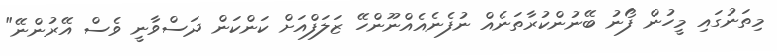
މިތަނުގައި މީހުން ފޯނު ބޭނުންކުރާތަނެއް ނުފެނެއެއްނޫންހޭ ޒަލަފްއަށް ކަންކަން ދަސްވާނީ ވެސް އޭރުންނޭ"